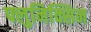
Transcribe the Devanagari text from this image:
फ्लुनिक्सिन